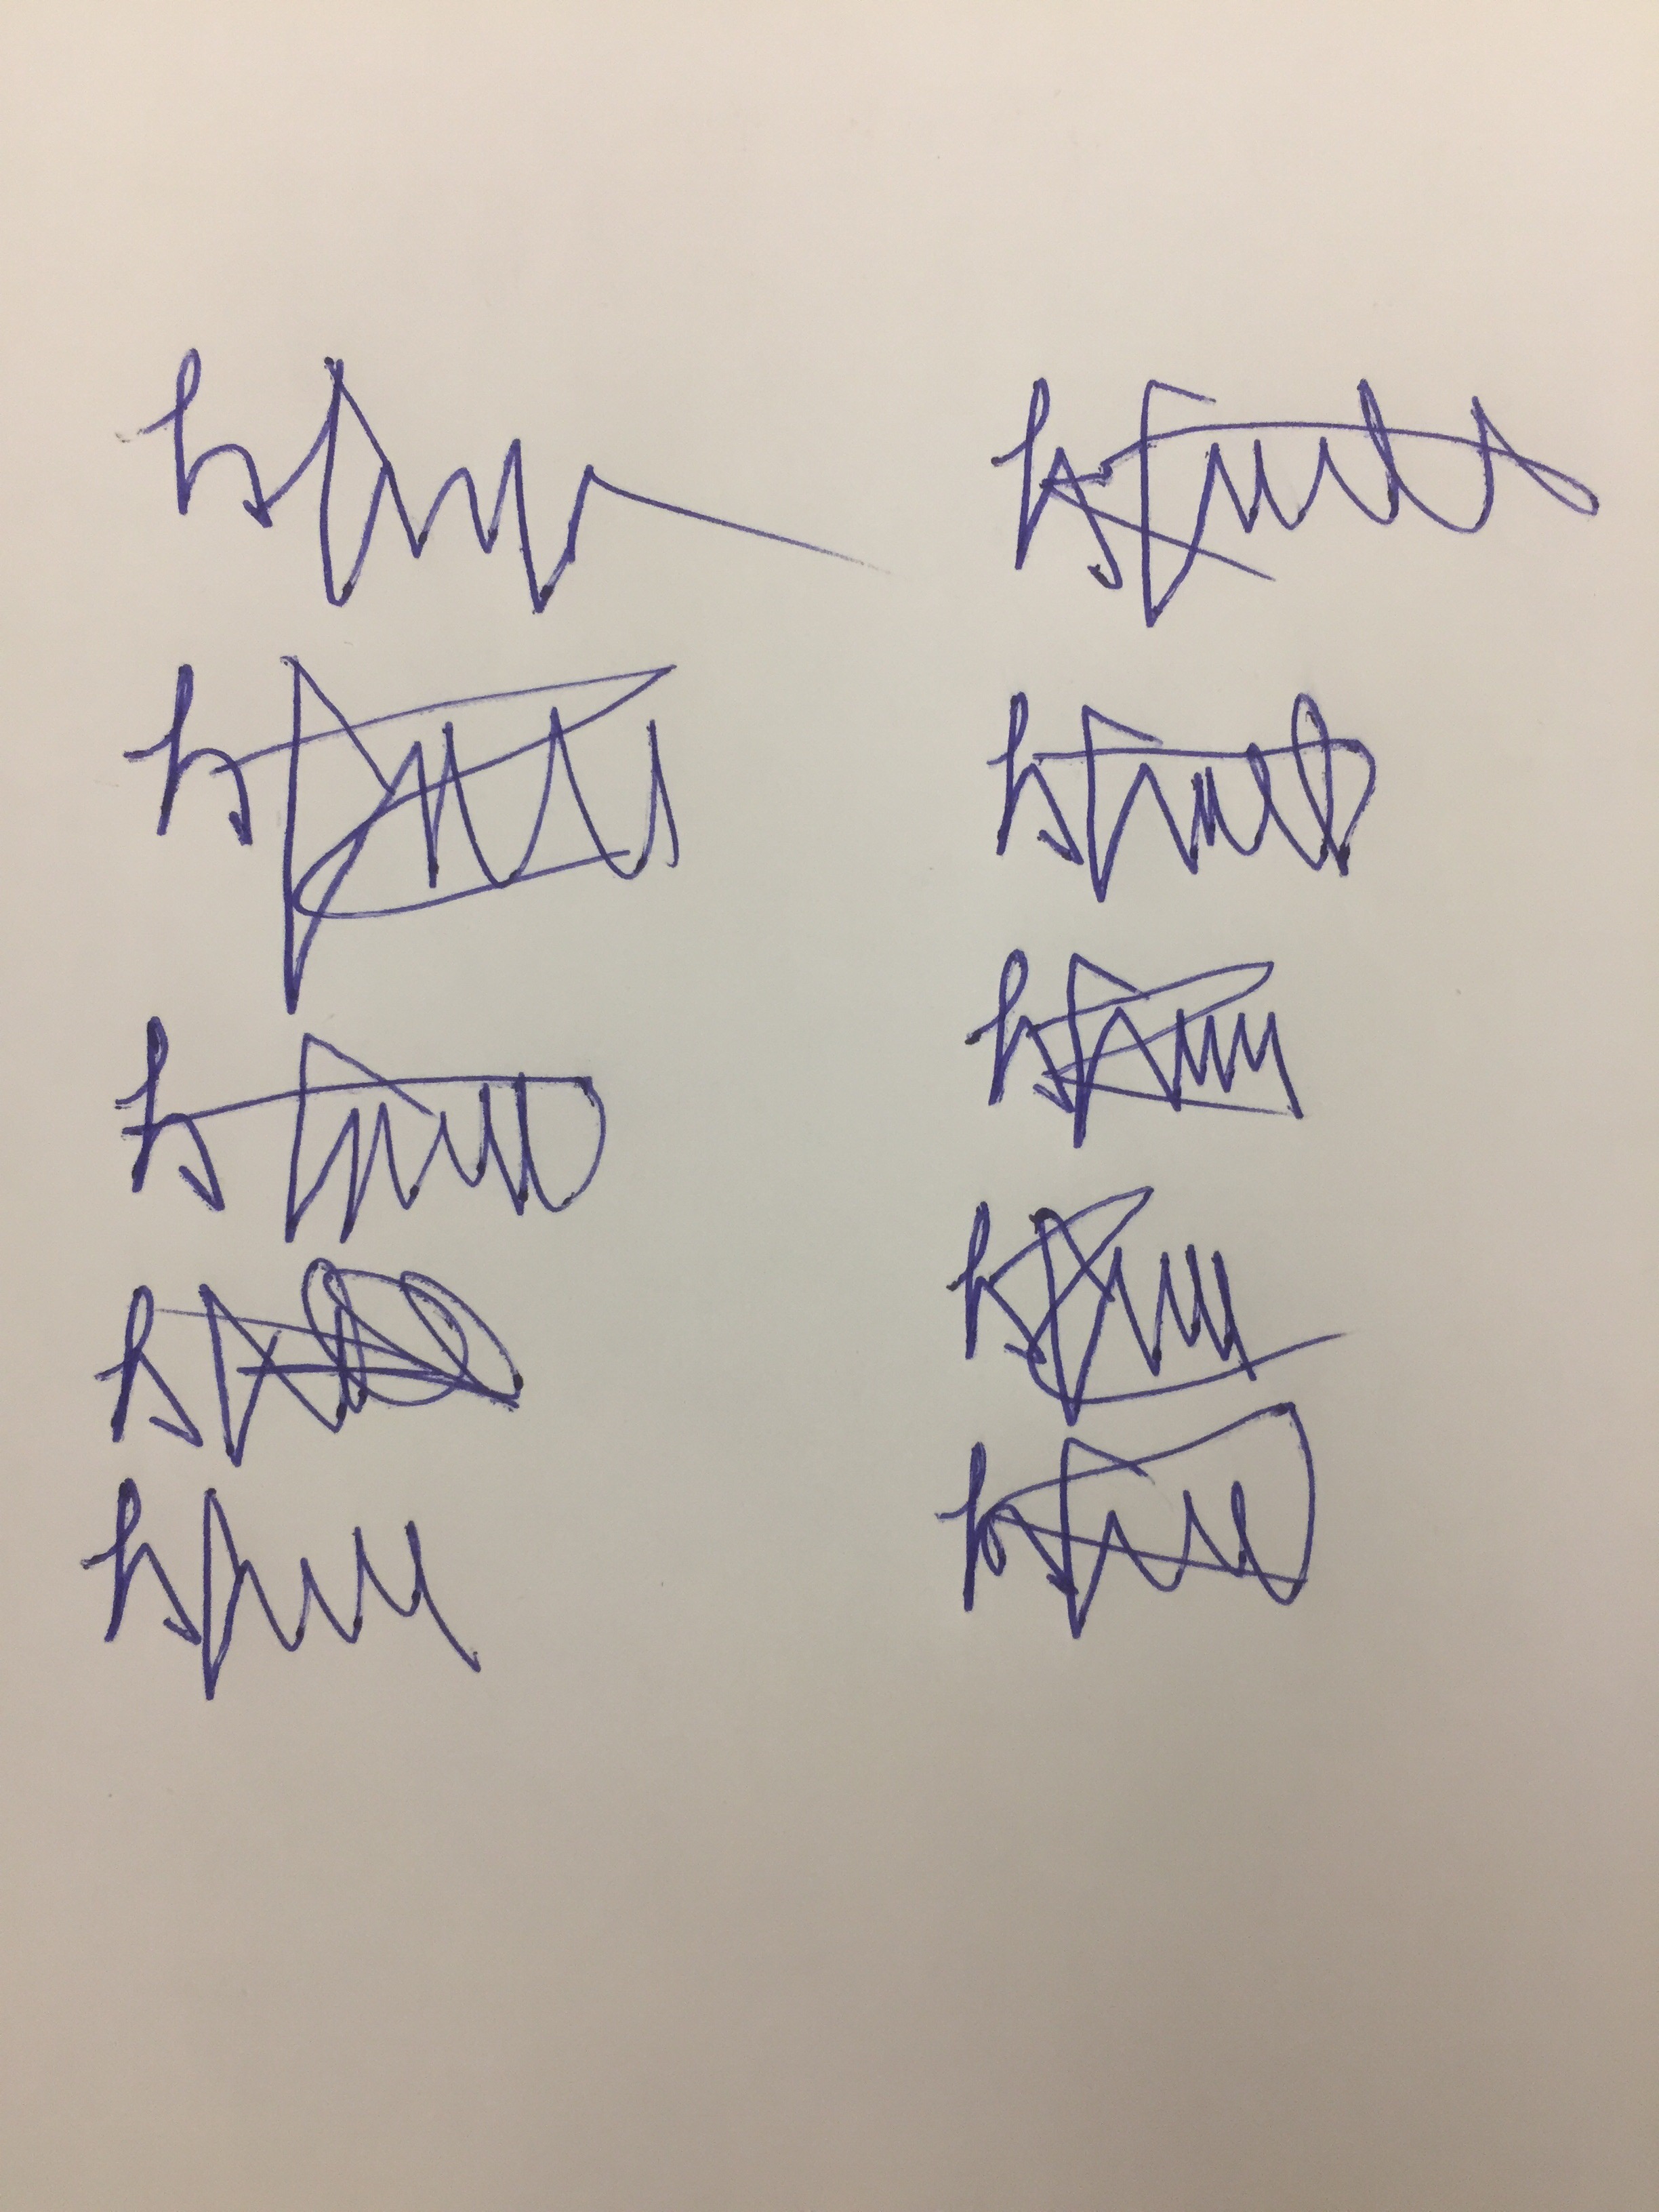
Signature authenticity: forged